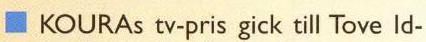
KOURAs tv-pris gick till Tove Id-